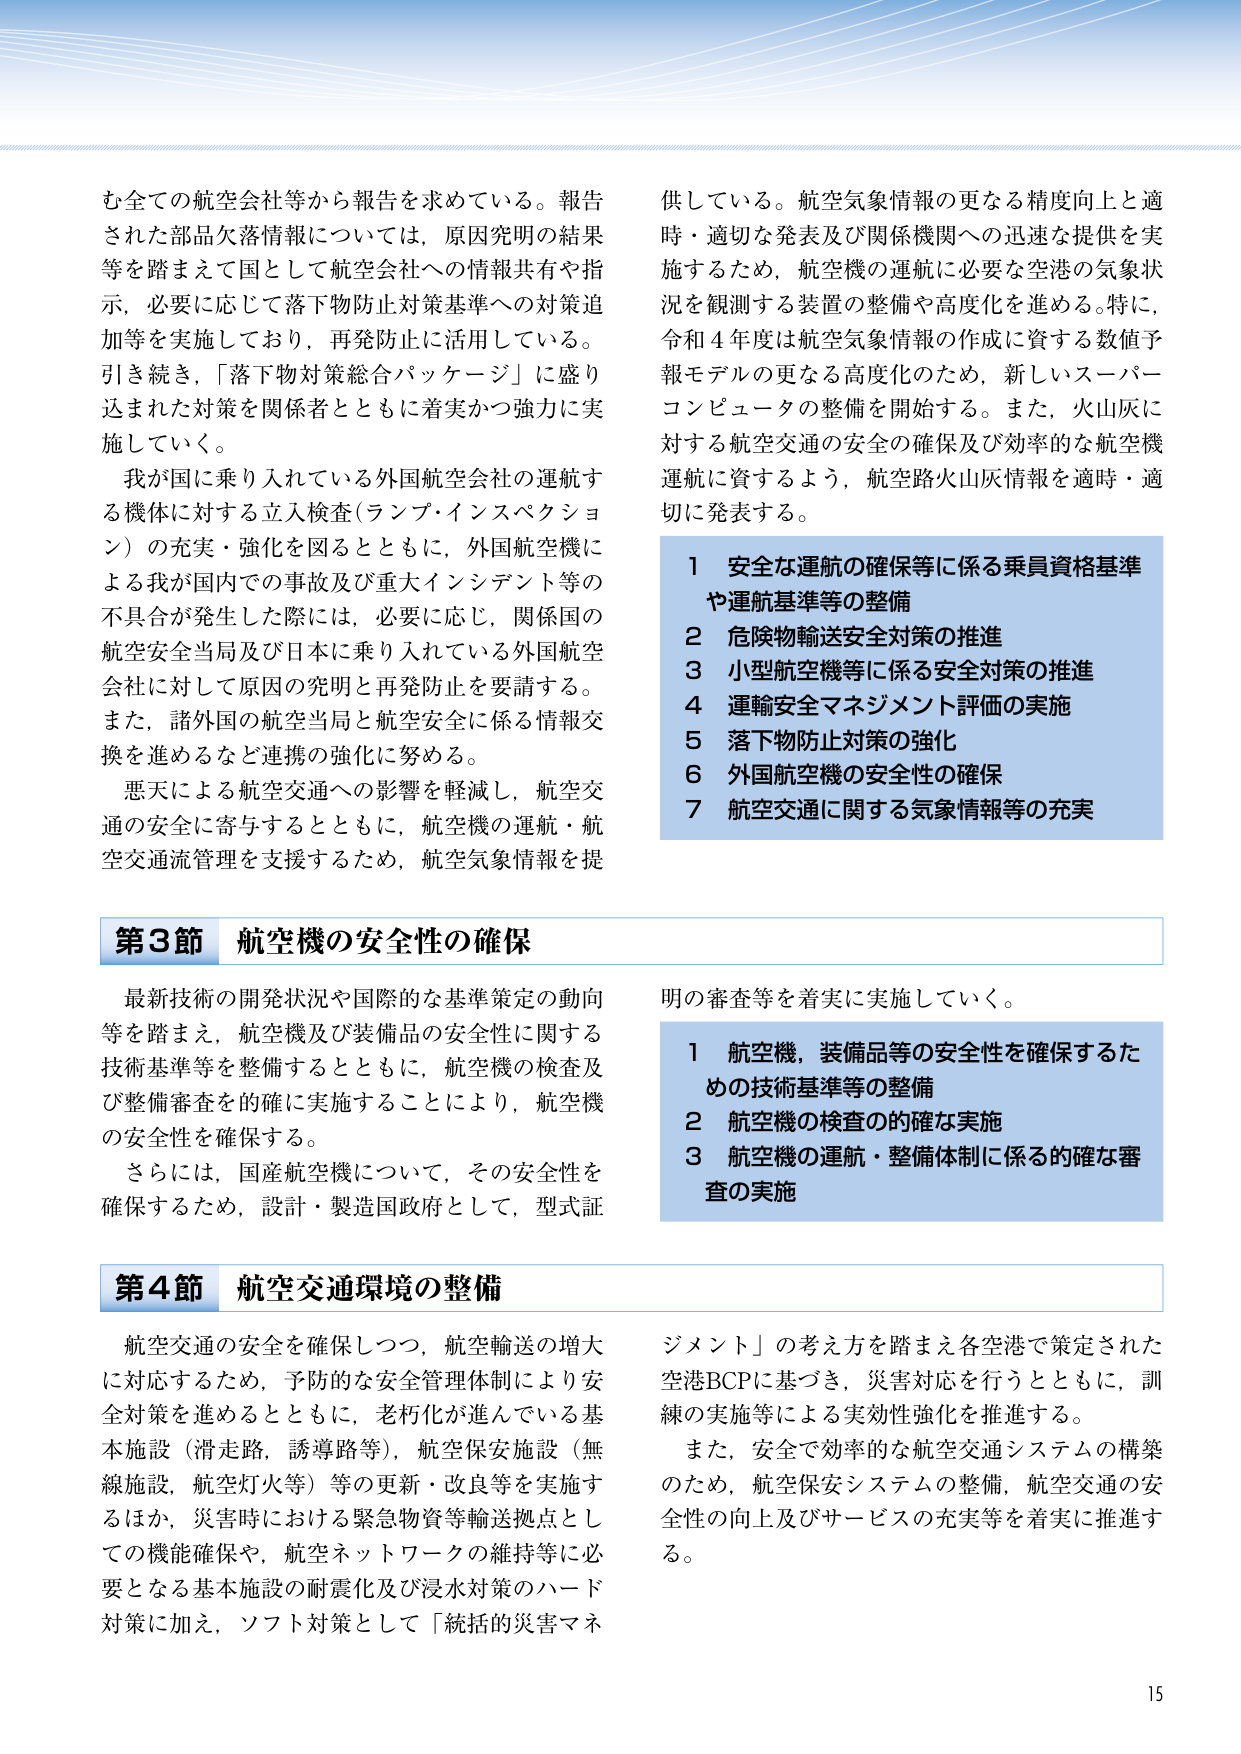
む全ての航空会社等から報告を求めている。報告された部品欠落情報については，原因究明の結果等を踏まえて国として航空会社への情報共有や指示，必要に応じて落下物防止対策基準への対策追加等を実施しており，再発防止に活用している。引き続き，「落下物対策総合パッケージ」に盛り込まれた対策を関係者とともに着実かつ強力に実施していく。

我が国に乗り入れている外国航空会社の運航する機体に対する立入検査（ランプ・インスペクション）の充実・強化を図るとともに，外国航空機による我が国内での事故及び重大インシデント等の不具合が発生した際には，必要に応じ，関係国の航空安全当局及び日本に乗り入れている外国航空会社に対して原因の究明と再発防止を要請する。また，諸外国の航空当局と航空安全に係る情報交換を進めるなど連携の強化に努める。

悪天による航空交通への影響を軽減し，航空交通の安全に寄与するとともに，航空機の運航・航空交通流管理を支援するため，航空気象情報を提供している。航空気象情報の更なる精度向上と適時・適切な発表及び関係機関への迅速な提供を実施するため，航空機の運航に必要な空港の気象状況を観測する装置の整備や高度化を進める。特に，令和4年度は航空気象情報の作成に資する数値予報モデルの更なる高度化のため，新しいスーパーコンピュータの整備を開始する。また，火山灰に対する航空交通の安全の確保及び効率的な航空機運航に資するよう，航空路火山灰情報を適時・適切に発表する。

1 安全な運航の確保等に係る乗員資格基準や運航基準等の整備
2 危険物輸送安全対策の推進
3 小型航空機等に係る安全対策の推進
4 運輸安全マネジメント評価の実施
5 落下物防止対策の強化
6 外国航空機の安全性の確保
7 航空交通に関する気象情報等の充実

第3節 航空機の安全性の確保

最新技術の開発状況や国際的な基準策定の動向等を踏まえ，航空機及び装備品の安全性に関する技術基準等を整備するとともに，航空機の検査及び整備審査を的確に実施することにより，航空機の安全性を確保する。

さらには，国産航空機について，その安全性を確保するため，設計・製造国政府として，型式証明の審査等を着実に実施していく。

1 航空機，装備品等の安全性を確保するための技術基準等の整備
2 航空機の検査の的確な実施
3 航空機の運航・整備体制に係る的確な審査の実施

第4節 航空交通環境の整備

航空交通の安全を確保しつつ，航空輸送の増大に対応するため，予防的な安全管理体制により安全対策を進めるとともに，老朽化が進んでいる基本施設（滑走路，誘導路等），航空保安施設（無線施設，航空灯火等）等の更新・改良等を実施するほか，災害時における緊急物資等輸送拠点としての機能確保や，航空ネットワークの維持等に必要となる基本施設の耐震化及び浸水対策のハード対策に加え，ソフト対策として「統括的災害マネジメント」の考え方を踏まえ各空港で策定された空港BCPに基づき，災害対応を行うとともに，訓練の実施等による実効性強化を推進する。

また，安全で効率的な航空交通システムの構築のため，航空保安システムの整備，航空交通の安全性の向上及びサービスの充実等を着実に推進する。

15